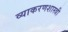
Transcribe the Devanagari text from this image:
व्याकरणशास्त्री